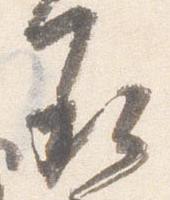
承